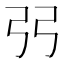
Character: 弜